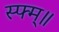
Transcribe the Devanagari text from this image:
स्फ्म्॥